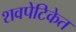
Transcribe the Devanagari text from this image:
शवपेटिकेत